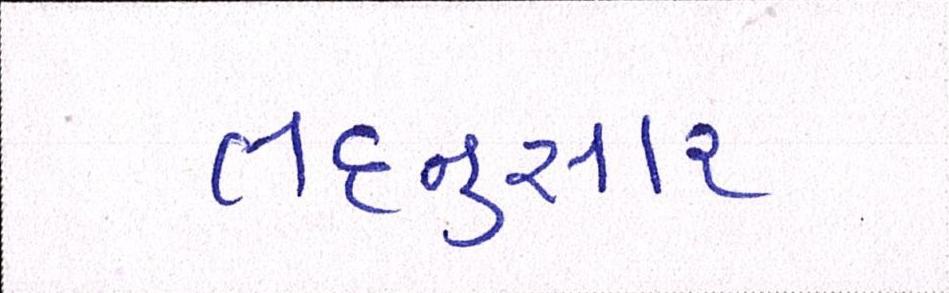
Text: તદનુસાર